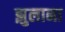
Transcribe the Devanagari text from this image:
झुलाना